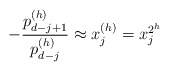
\begin{align*}-\frac{p_{d-j+1}^{(h)}}{p_{d-j}^{(h)}}\approx x^{(h)}_{j}=x_{j}^{2^h}\end{align*}